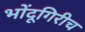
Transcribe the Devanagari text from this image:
भोंदूगिरीच